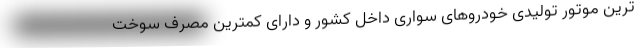
ترین موتور تولیدی خودروهای سواری داخل کشور و دارای کمترین مصرف سوخت